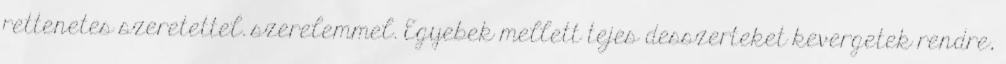
rettenetes szeretettel. szerelemmel. Egyebek mellett tejes desszerteket kevergetek rendre,